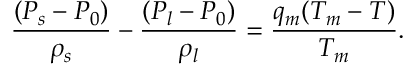
\frac { ( P _ { s } - P _ { 0 } ) } { \rho _ { s } } - \frac { ( P _ { l } - P _ { 0 } ) } { \rho _ { l } } = \frac { q _ { m } ( T _ { m } - T ) } { T _ { m } } .